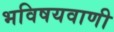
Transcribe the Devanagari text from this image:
भविषयवाणी